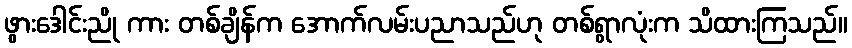
ဖွားဒေါင်းညို ကား တစ်ချိန်က အောက်လမ်းပညာသည်ဟု တစ်ရွာလုံးက သိထားကြသည်။